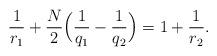
LaTeX: \begin{align*}\frac{1}{r_1} + \frac{N}{2}\Big( \frac{1}{q_1} - \frac{1}{q_2}\Big) = 1 + \frac{1}{r_2}.\end{align*}